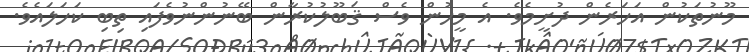
މޫނުތަކުން އަހަރެން ދުށީމެވެ. އެ މީހުން ވެސް ޤަބޫލުކުރާން ބޭނުންނުވެފައި ތިބި ކަހަލައެވެ.